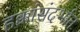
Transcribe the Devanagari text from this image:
हक्कांसंदर्भात